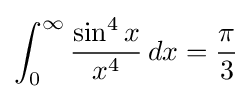
\int _{0}^{\infty }{\frac {\sin ^{4}x}{x^{4}}}\,dx={\frac {\pi }{3}}